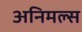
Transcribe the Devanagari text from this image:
अनिमल्स